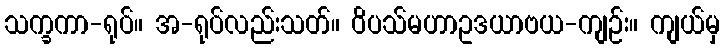
သက္ခကာ-ရုပ်။ အ-ရုပ်လည်းသတ်။ ဝိပသ်မဟာဥဒယာဗယ-ကျဉ်း။ ကျယ်မှ